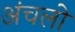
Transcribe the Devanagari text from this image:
अंचलो